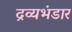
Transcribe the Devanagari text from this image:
द्रव्यभंडार